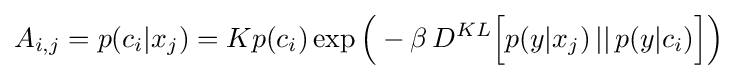
A_{i,j}=p(c_{i}|x_{j})=Kp(c_{i})\exp {\Big (}-\beta \,D^{KL}{\Big [}p(y|x_{j})\,||\,p(y|c_{i}){\Big ]}{\Big )}